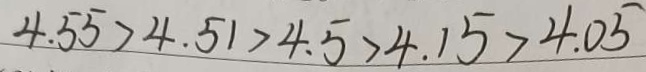
4 . 5 5 > 4 . 5 1 > 4 . 5 > 4 . 1 5 > 4 . 0 5